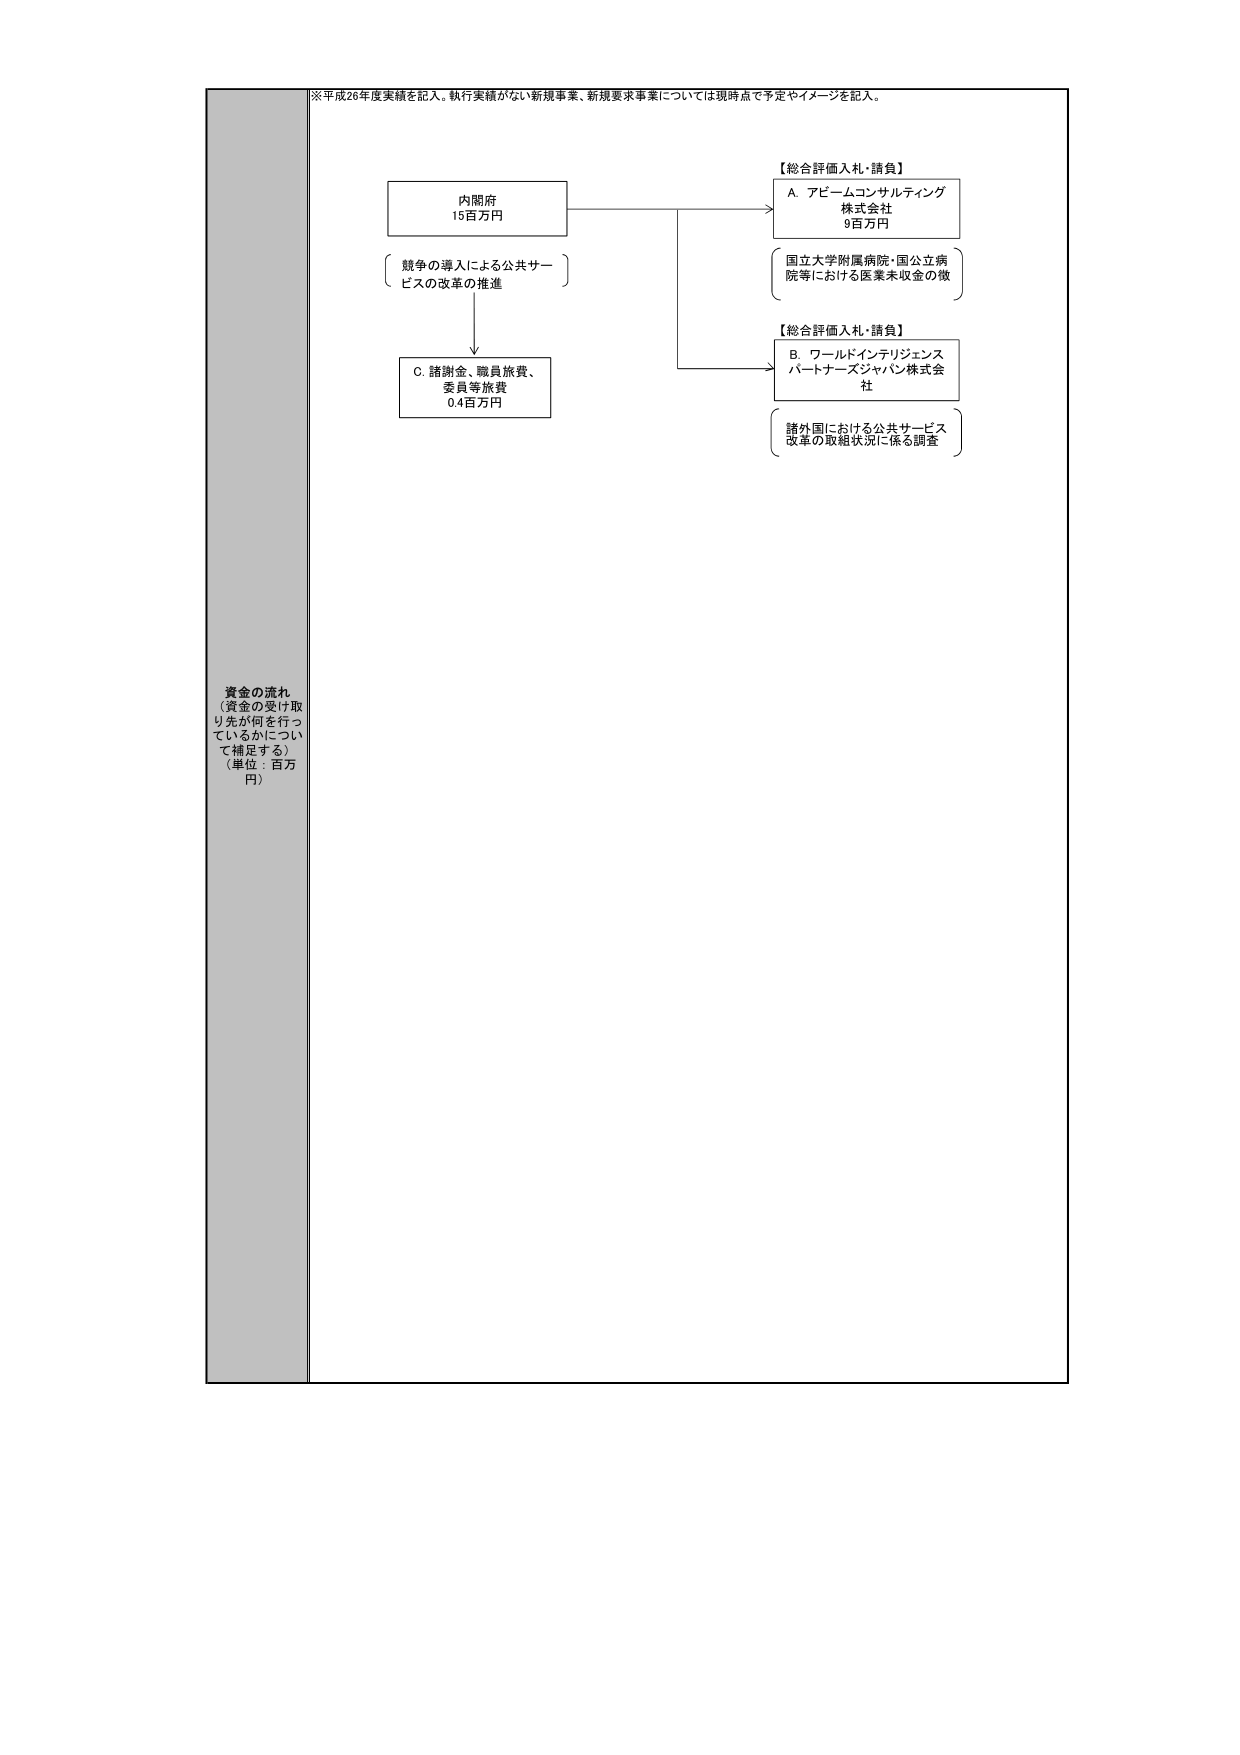
※平成26年度実績を記入。執行実績がない新規事業、新規要求事業については現時点で予定やイメージを記入。

資金の流れ
（資金の受け取り先が何を行っているかについて補足する）
（単位：百万円）

内閣府
15百万円

競争の導入による公共サービスの改革の推進

C. 諸謝金、職員旅費、委員等旅費
0.4百万円

【総合評価入札・請負】
A. アビームコンサルティング株式会社
9百万円
国立大学附属病院・国公立病院等における医薬未収金の徴

【総合評価入札・請負】
B. ワールドインテリジェンスパートナーズジャパン株式会社
諸外国における公共サービス改革の取組状況に係る調査